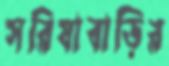
সরিষাবাড়ির